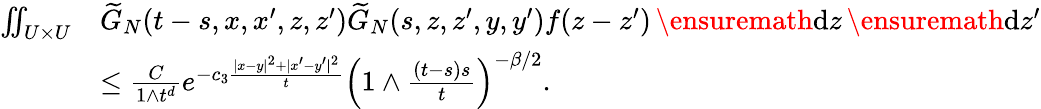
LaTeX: \begin{array}{rl}{\iint_{U\times U}}&{\widetilde{G}_{N}(t-s,x,x^{\prime},z,z^{\prime})\widetilde{G}_{N}(s,z,z^{\prime},y,y^{\prime})f(z-z^{\prime})\, \ensuremath{\mathrm{d}}z\, \ensuremath{\mathrm{d}}z^{\prime}}\\ &{\le\frac{C}{1\wedge t^{d}}e^{-c_{3}\frac{|x-y|^{2}+|x^{\prime}-y^{\prime}|^{2}}{t}}\left(1\wedge\frac{(t-s)s}{t}\right)^{-\beta/2}.}\end{array}